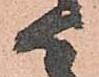
ハ